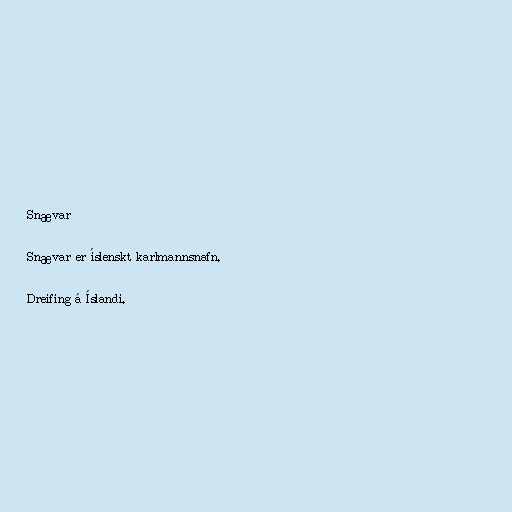
Snævar

Snævar er íslenskt karlmannsnafn.

Dreifing á Íslandi.